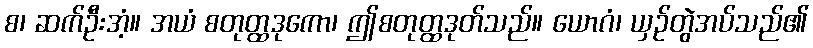
စ၊ ဆက်ဦးအံ့။ အယံ စတုတ္ထဒုကော၊ ဤစတုတ္ထဒုတ်သည်။ ယောဂံ၊ ယှဉ်တွဲအပ်သည်၏